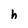
Character: h